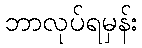
ဘာလုပ်ရမှန်း